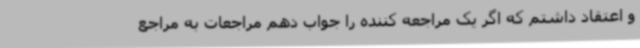
و اعتقاد داشتم که اگر یک مراجعه کننده را جواب دهم مراجعات به مراجع